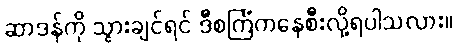
ဆာဒန်ကို သွားချင်ရင် ဒီစင်္ကြံကနေစီးလို့ရပါသလား။